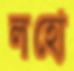
লহো